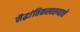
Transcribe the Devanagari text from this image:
सैद्घांतिकस्वरुपाचे